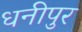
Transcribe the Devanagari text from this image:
धनीपुर